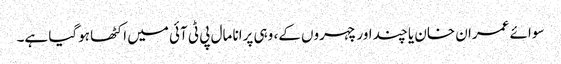
سوائے عمران خان یا چند اور چہروں کے، وہی پرانا مال پی ٹی آئی میں اکٹھا ہوگیا ہے۔